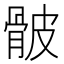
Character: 骳